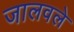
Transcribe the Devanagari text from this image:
जालवले